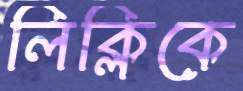
লিক্‌লিকে